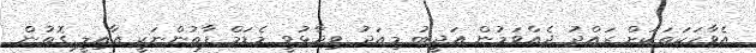
އެވާހަކަތަކަށް ރައްދު ދެއްވަމުން އަދީބު މިއަދު ވިދާޅުވީ މެޑަމް ފާތުންނަކީ އާއިލީ ގޮތުން